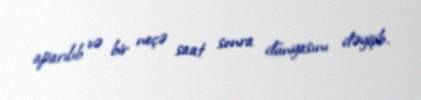
aparılıb və bir neçə saat sonra dünyasını dəyişib.